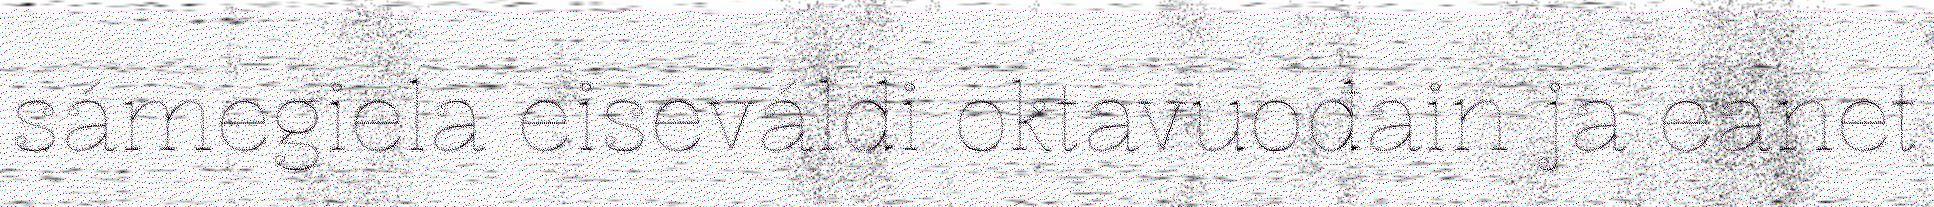
sámegiela eiseváldi oktavuođain ja eanet